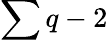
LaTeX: \sum q-2